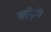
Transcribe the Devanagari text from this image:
लड़ेगे